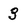
Character: 3